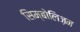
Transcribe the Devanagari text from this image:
सिम्बोलिज़म